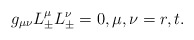
\begin{align*} g_{\mu\nu}L_\pm^\mu L_\pm^\nu=0,\textrm{$\mu,\nu=r,t$.}\end{align*}